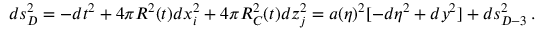
d s _ { D } ^ { 2 } = - d t ^ { 2 } + 4 \pi R ^ { 2 } ( t ) d x _ { i } ^ { 2 } + 4 \pi R _ { C } ^ { 2 } ( t ) d z _ { j } ^ { 2 } = a ( \eta ) ^ { 2 } [ - d \eta ^ { 2 } + d y ^ { 2 } ] + d s _ { D - 3 } ^ { 2 } \, .